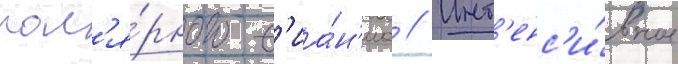
пол'я́рного с'иа́н'иа // Инт'енс'и́вное